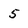
Character: 5